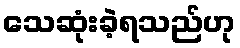
သေဆုံးခဲ့ရသည်ဟု